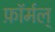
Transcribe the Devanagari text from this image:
फ़ॉर्मल्